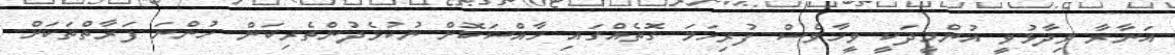
އަނާރާ ވިދާޅުވީ އުންމީދަކީ ވީހާވެސް ފުރިހަމަ ގޮތެއްގައި ޚާއްސަކޮށް ނުކުޅެދުންތެރިކަން ހުންނަ ފަރާތްތަކަށް